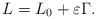
LaTeX: \begin{align*}L=L_0+\varepsilon \Gamma.\end{align*}